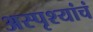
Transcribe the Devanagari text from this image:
अस्पृश्यांचं